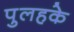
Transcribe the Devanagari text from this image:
पुलहके